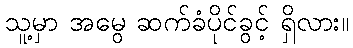
သူ့မှာ အမွေ ဆက်ခံပိုင်ခွင့် ရှိလား။